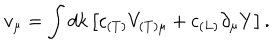
v _ { \mu } = \int d k \left[ c _ { ( T ) } V _ { ( T ) \mu } + c _ { ( L ) } \partial _ { \mu } Y \right] .